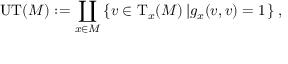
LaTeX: \mathrm { U T } ( M ) : = \coprod _ { x \in M } \left\{ v \in \mathrm { T } _ { x } ( M ) \left| g _ { x } ( v , v ) = 1 \right. \right\} ,